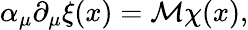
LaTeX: \alpha_{\mu}\partial_{\mu}\xi(x)=\mathcal{M}\chi(x),